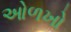
ઓળખો